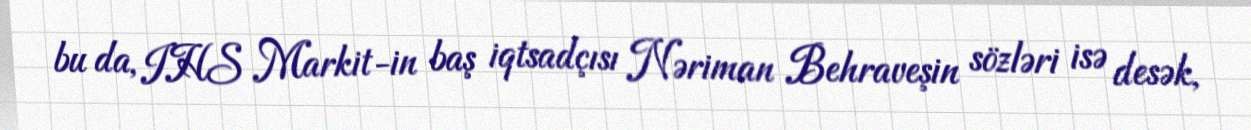
bu da, IHS Markit-in baş iqtsadçısı Nəriman Behraveşin sözləri isə desək,